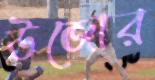
উজোর